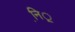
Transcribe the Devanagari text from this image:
नि़़॒